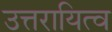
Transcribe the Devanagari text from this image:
उत्तरायित्व